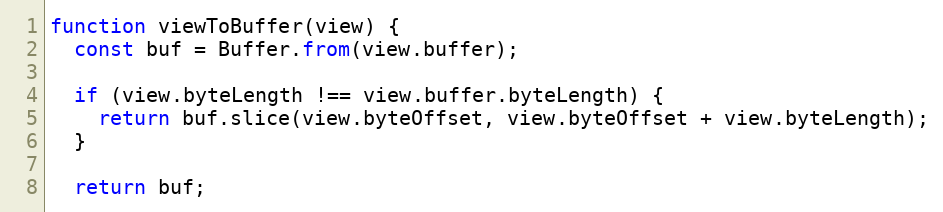
Language: JavaScript
function viewToBuffer(view) {
  const buf = Buffer.from(view.buffer);

  if (view.byteLength !== view.buffer.byteLength) {
    return buf.slice(view.byteOffset, view.byteOffset + view.byteLength);
  }

  return buf;